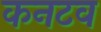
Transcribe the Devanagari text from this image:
कनटव